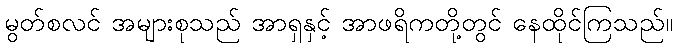
မွတ်စလင် အများစုသည် အာရှနှင့် အာဖရိကတို့တွင် နေထိုင်ကြသည်။